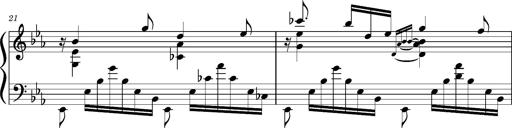
Title: PrÃ©ludes et Harmonies poÃ©tiques et religieuses
Composer: Franz Liszt